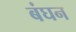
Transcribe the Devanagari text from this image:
बंघन